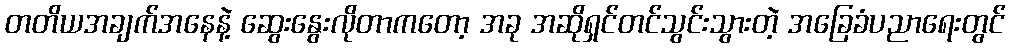
တတိယအချက်အနေနဲ့ ဆွေးနွေးလိုတာကတော့ အခု အဆိုရှင်တင်သွင်းသွားတဲ့ အခြေခံပညာရေးတွင်